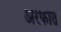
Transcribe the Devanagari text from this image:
अरफात